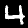
Digit: 4